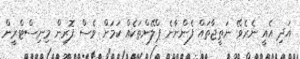
އަދި އެއީ ނެރެވޭ ނަތީޖާތައް ފެންނާނެ ޕްލޭންތަކެއް ކަމަށް ވެސް ފޮރިން މިނިސްޓްރީން